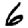
Digit: 6